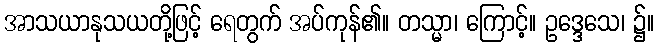
အာသယာနုသယတို့ဖြင့် ရေတွက် အပ်ကုန်၏။ တသ္မာ၊ ကြောင့်။ ဥဒ္ဒေသေ၊ ၌။